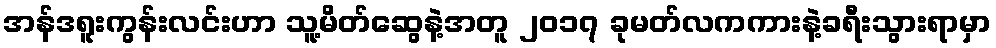
အန်ဒရူးကွန်းလင်းဟာ သူ့မိတ်ဆွေနဲ့အတူ ၂၀၁၇ ခုမတ်လကကားနဲ့ခရီးသွားရာမှာ